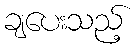
ချပေးသည့်